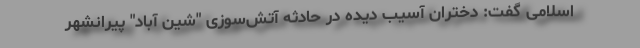
اسلامی گفت: دختران آسیب دیده در حادثه آتش‌سوزی "شین آباد" پیرانشهر